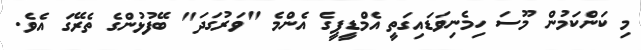
މި ކަންކަމުން މޫސަ ހިމެނިވަޑައިގަތީ އެމްޑީޕީގެ އެންމެ "ވަރުގަދަ" ބޭފުޅުންގެ ތެރޭގަ އެވެ.